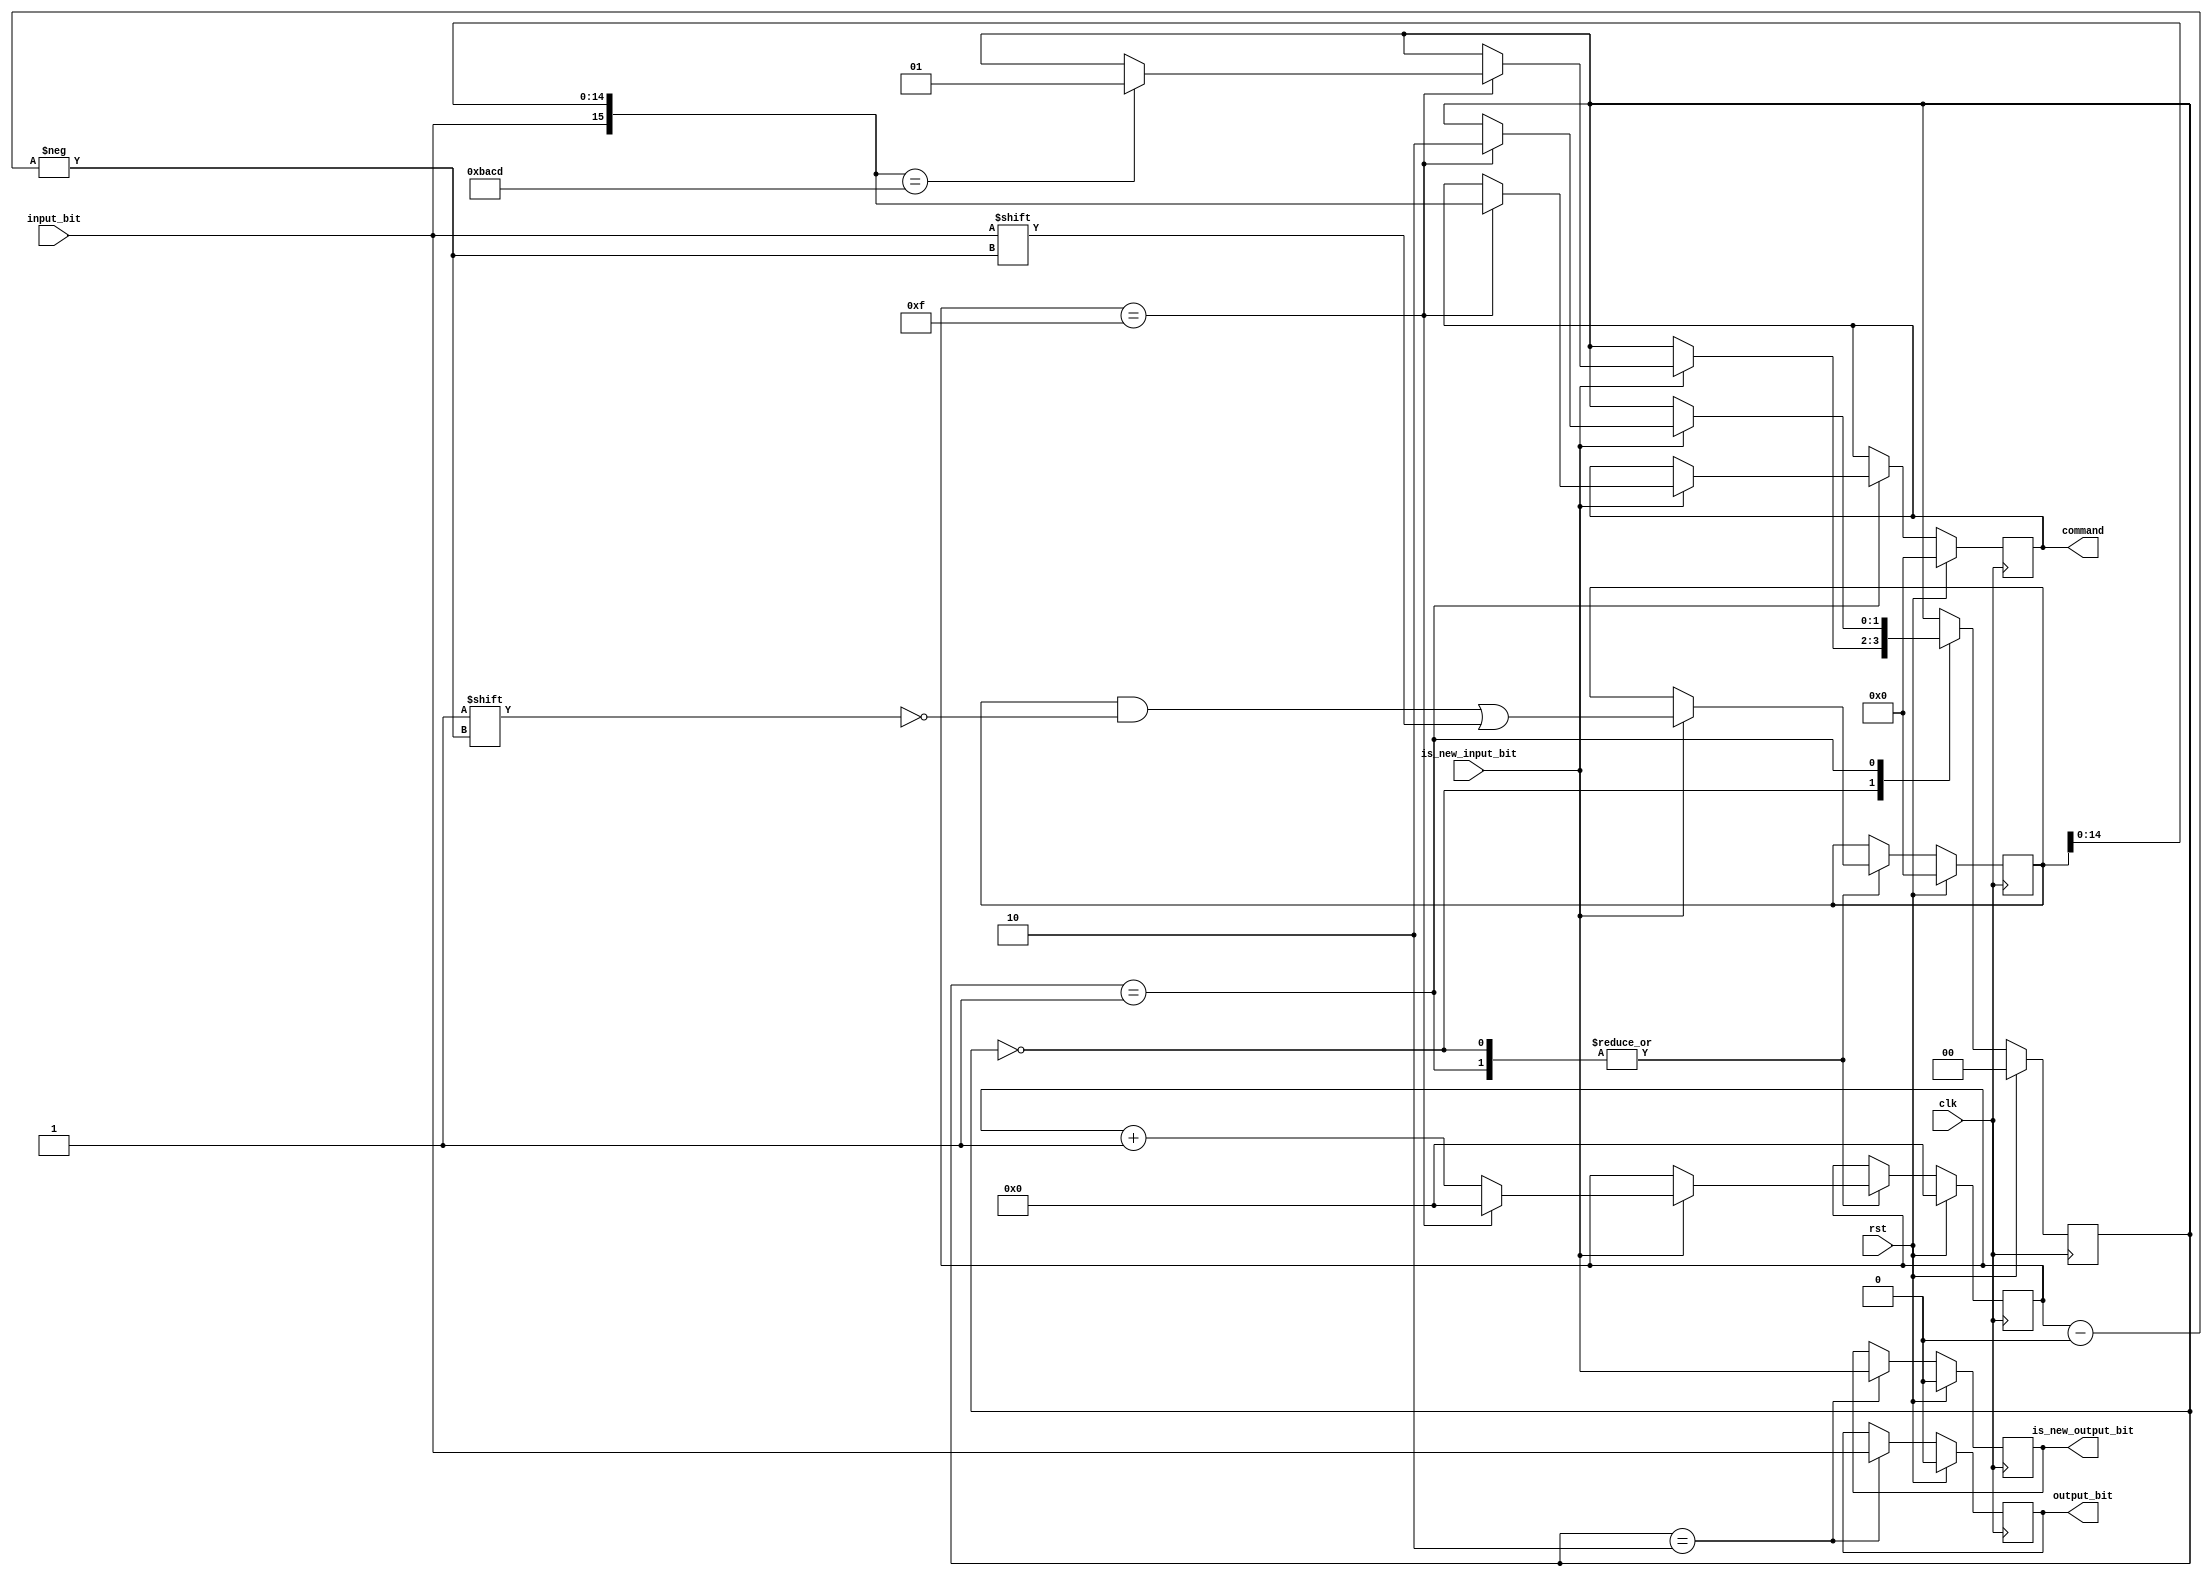
module Packet_Parser
#(
    parameter COMMAND_WIDTH = 16
)(
    input clk, rst,
    input input_bit, is_new_input_bit,
    output reg output_bit, is_new_output_bit,
    output reg[COMMAND_WIDTH-1:0] command
);
    //Defines
    localparam COMMAND_INDEX_WIDTH = $rtoi($ceil($clog2(COMMAND_WIDTH)));
    localparam HEADER = 16'hBACD;

    //States
    localparam DECODE_HEADER = 0;
    localparam DECODE_COMMAND = 1;
    localparam DECODE_IMAGE = 2;
    
    reg[1:0] state;
    reg[COMMAND_WIDTH-1:0] data_reg;
    reg[COMMAND_INDEX_WIDTH-1:0] data_reg_index;
    
    always @(posedge clk) begin
        if(rst) begin
            output_bit <= 1'b0;
            is_new_output_bit <= 1'b0;
            command <= {COMMAND_WIDTH{1'b0}};
            state <= 2'b0;
            data_reg <= {COMMAND_WIDTH{1'b0}};
            data_reg_index <= {COMMAND_INDEX_WIDTH{1'b0}};
        end else begin
            case(state)
                DECODE_HEADER: begin
                    if(is_new_input_bit)begin
                        data_reg[data_reg_index] <= input_bit;
                    
                        if(data_reg_index == COMMAND_WIDTH-1) begin
                            data_reg_index <= {COMMAND_INDEX_WIDTH{1'b0}};
                            if({input_bit, data_reg[COMMAND_WIDTH-2:0]} == HEADER) begin
                                state <= DECODE_COMMAND;
                            end
                        end else begin
                            data_reg_index <= data_reg_index + 1;
                        end
                    end
                end
                DECODE_COMMAND: begin
                    if(is_new_input_bit) begin
                        data_reg[data_reg_index] <= input_bit;
                    
                        if(data_reg_index == COMMAND_WIDTH-1) begin
                            data_reg_index <= {COMMAND_INDEX_WIDTH{1'b0}};
                            command <= {input_bit, data_reg[COMMAND_WIDTH-2:0]};
                            state <= DECODE_IMAGE;
                        end else begin
                            data_reg_index <= data_reg_index + 1;
                        end
                    end
                end
                DECODE_IMAGE: begin
                    output_bit <= input_bit;
                    is_new_output_bit <= is_new_input_bit;
                end
            endcase
        end
    end

endmodule